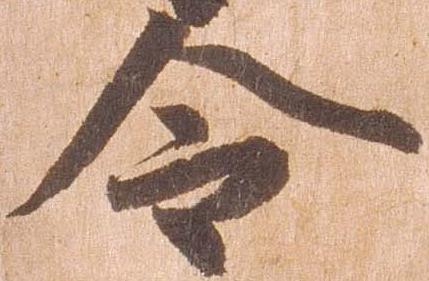
令